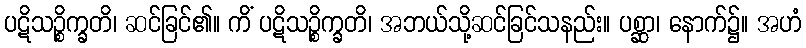
ပဋိသဉ္စိက္ခတိ၊ ဆင်ခြင်၏။ ကိံ ပဋိသဉ္စိက္ခတိ၊ အဘယ်သို့ဆင်ခြင်သနည်း။ ပစ္ဆာ၊ နောက်၌။ အဟံ